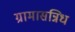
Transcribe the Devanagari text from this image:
ग्रामासन्निध